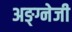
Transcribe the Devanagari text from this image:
अङ्ग्नेजी